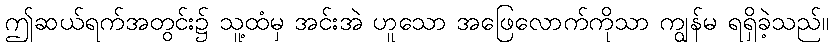
ဤဆယ်ရက်အတွင်း၌ သူ့ထံမှ အင်းအဲ ဟူသော အဖြေလောက်ကိုသာ ကျွန်မ ရရှိခဲ့သည်။